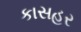
કાસહર